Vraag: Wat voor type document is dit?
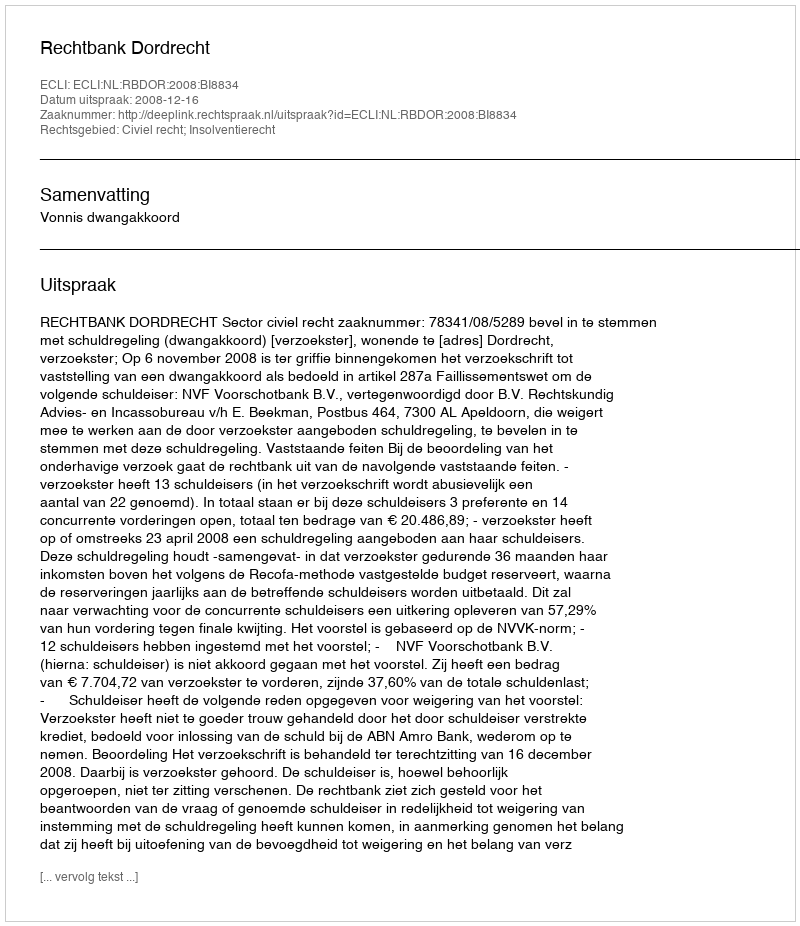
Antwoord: Uitspraak